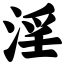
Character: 淫